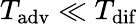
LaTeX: T_{\mathrm{adv}}\ll T_{\mathrm{dif}}